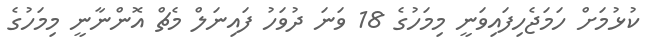
ކުޅުމަށް ހަމަޖެހިފައިވަނީ މިމަހުގެ 18 ވަނަ ދުވަހު ފައިނަލް މެޗް އޮންނާނީ މިމަހުގެ